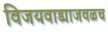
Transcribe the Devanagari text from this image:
विजयवाड्याजवळच